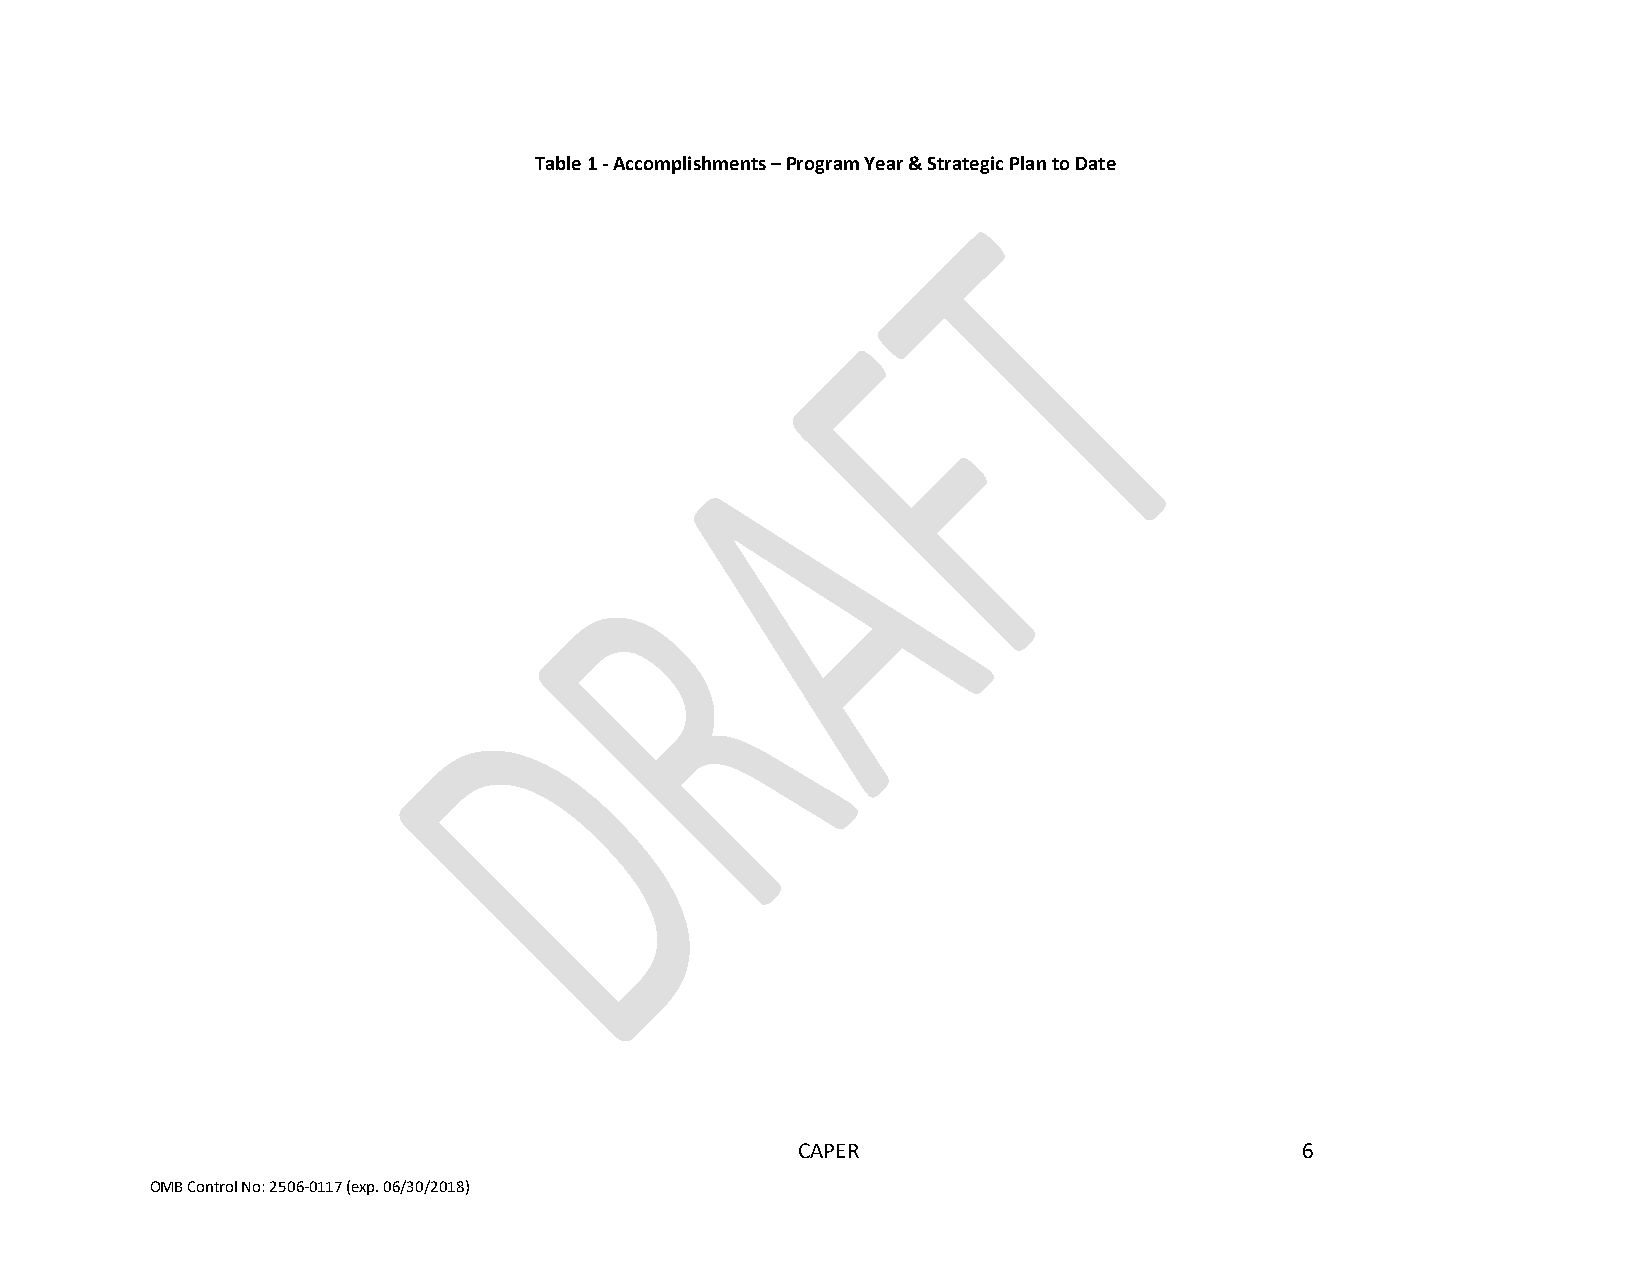
Table 1 - Accomplishments – Program Year & Strategic Plan to Date
 CAPER                            6
 OMB Control No: 2506-0117 (exp. 06/30/2018)